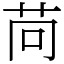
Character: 苘